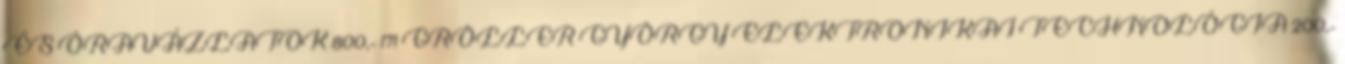
ÉS ÓRAVÁZLATOK 800,- 171 GRÖLLER GYÖRGY ELEKTRONIKAI TECHNOLÓGIA 200,-